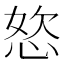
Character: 𭝆